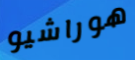
هوراشيو